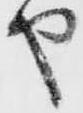
也